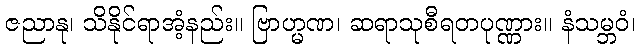
ဇညာနု၊ သိနိုင်ရာအံ့နည်း။ ဗြာဟ္မဏ၊ ဆရာသုစီရတပုဏ္ဏား။ နံသမ္ဘဝံ၊